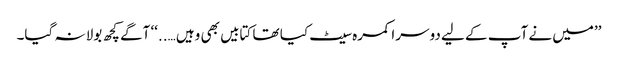
’’میں نے آپ کے لیے دوسرا کمرہ سیٹ کیا تھا کتابیں بھی وہیں …..‘‘ آگے کچھ بولا نہ گیا۔